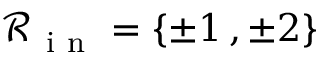
\mathcal R _ { \mathrm { ~ i ~ n ~ } } = \{ \pm 1 \, , \pm 2 \}